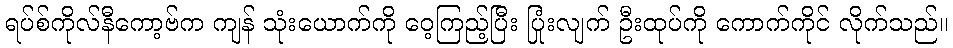
ရပ်စ်ကိုလ်နီကော့ဗ်က ကျန် သုံးယောက်ကို ဝေ့ကြည့်ပြီး ပြုံးလျက် ဦးထုပ်ကို ကောက်ကိုင် လိုက်သည်။